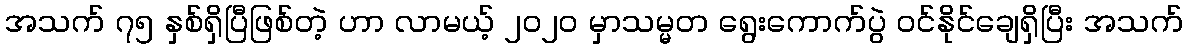
အသက် ၇၅ နှစ်ရှိပြီဖြစ်တဲ့ ဟာ လာမယ့် ၂၀၂၀ မှာသမ္မတ ရွေးကောက်ပွဲ ဝင်နိုင်ချေရှိပြီး အသက်